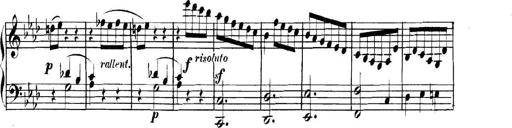
Title: Collected Piano Sonatas
Composer: Muzio Clementi